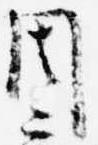
周